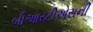
બીઆરટીએસની